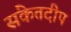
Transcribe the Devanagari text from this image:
संकेतदीप